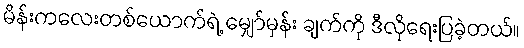
မိန်းကလေးတစ်ယောက်ရဲ့ မျှော်မှန်း ချက်ကို ဒီလိုရေးပြခဲ့တယ်။